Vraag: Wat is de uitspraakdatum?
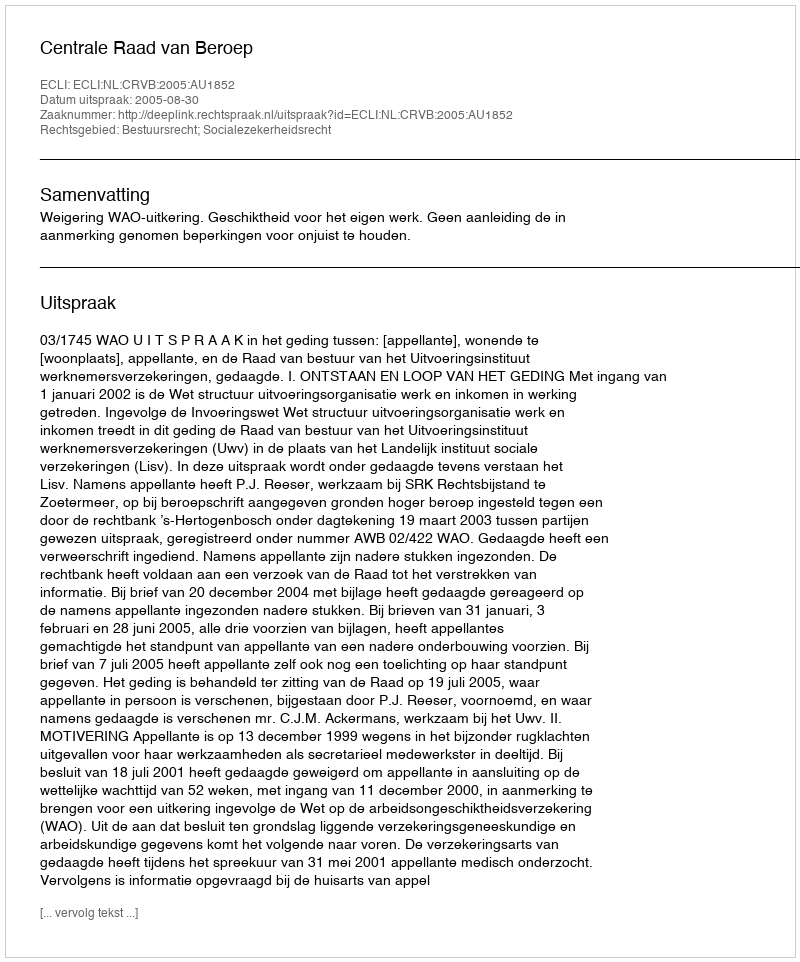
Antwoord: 2005-08-30